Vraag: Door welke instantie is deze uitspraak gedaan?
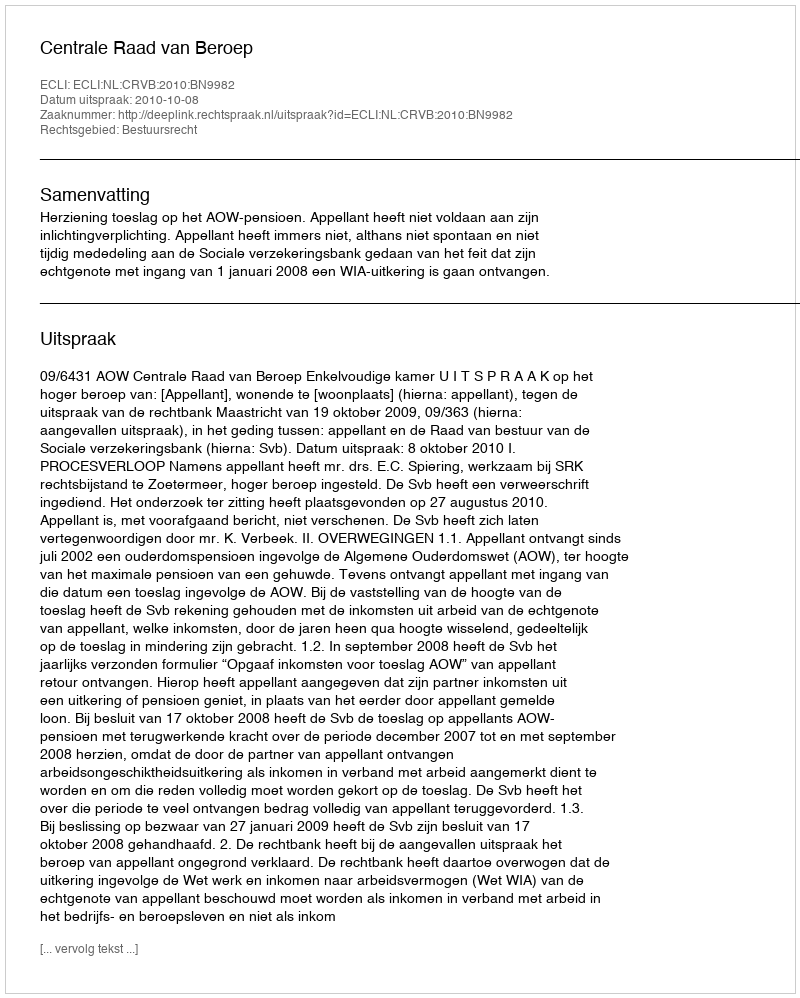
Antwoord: Centrale Raad van Beroep